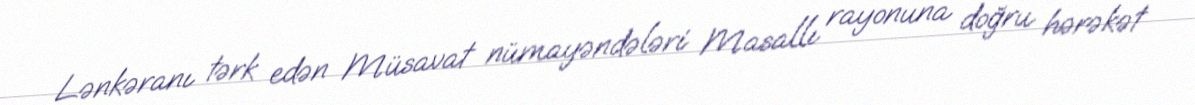
Lənkəranı tərk edən Müsavat nümayəndələri Masallı rayonuna doğru hərəkət